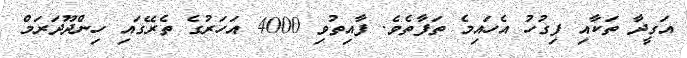
އަގީދާ ތަކާއި ފިގުހު އެހައިމެ ތަފާތެވެ. ފާއިތުވި 4000 އަހަރުގެ ތެރޭގައި ހިންދޫދަރަމް